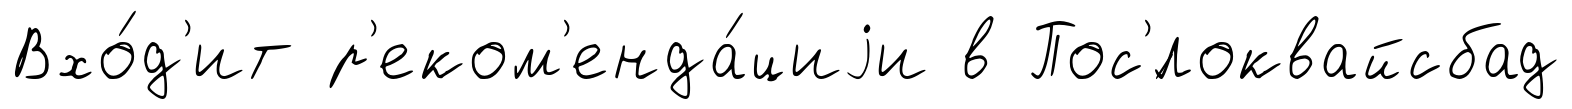
Вхо́д'ит р'еком'енда́циjи в Пос'́локвайсбад